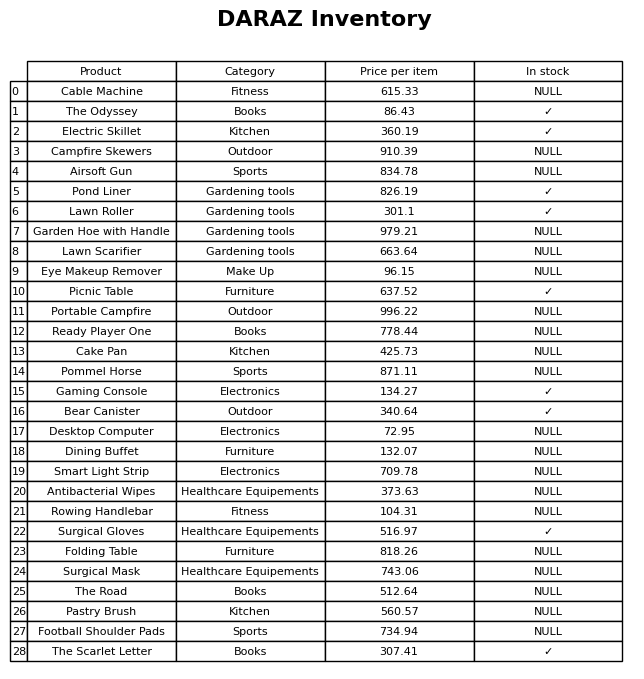
question: Is the Dining Buffet in stock?
answer: NULL